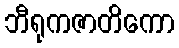
ဘီရုကဇာတိကော